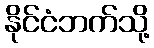
နိုင်ငံဘက်သို့